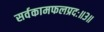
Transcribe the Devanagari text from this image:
सर्वकामफलप्रदः॥३॥